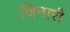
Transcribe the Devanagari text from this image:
जिनारी